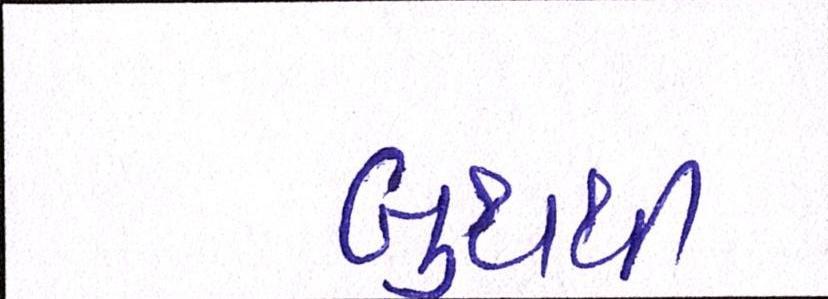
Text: બુથથી